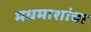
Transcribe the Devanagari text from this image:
मधमाशांचा